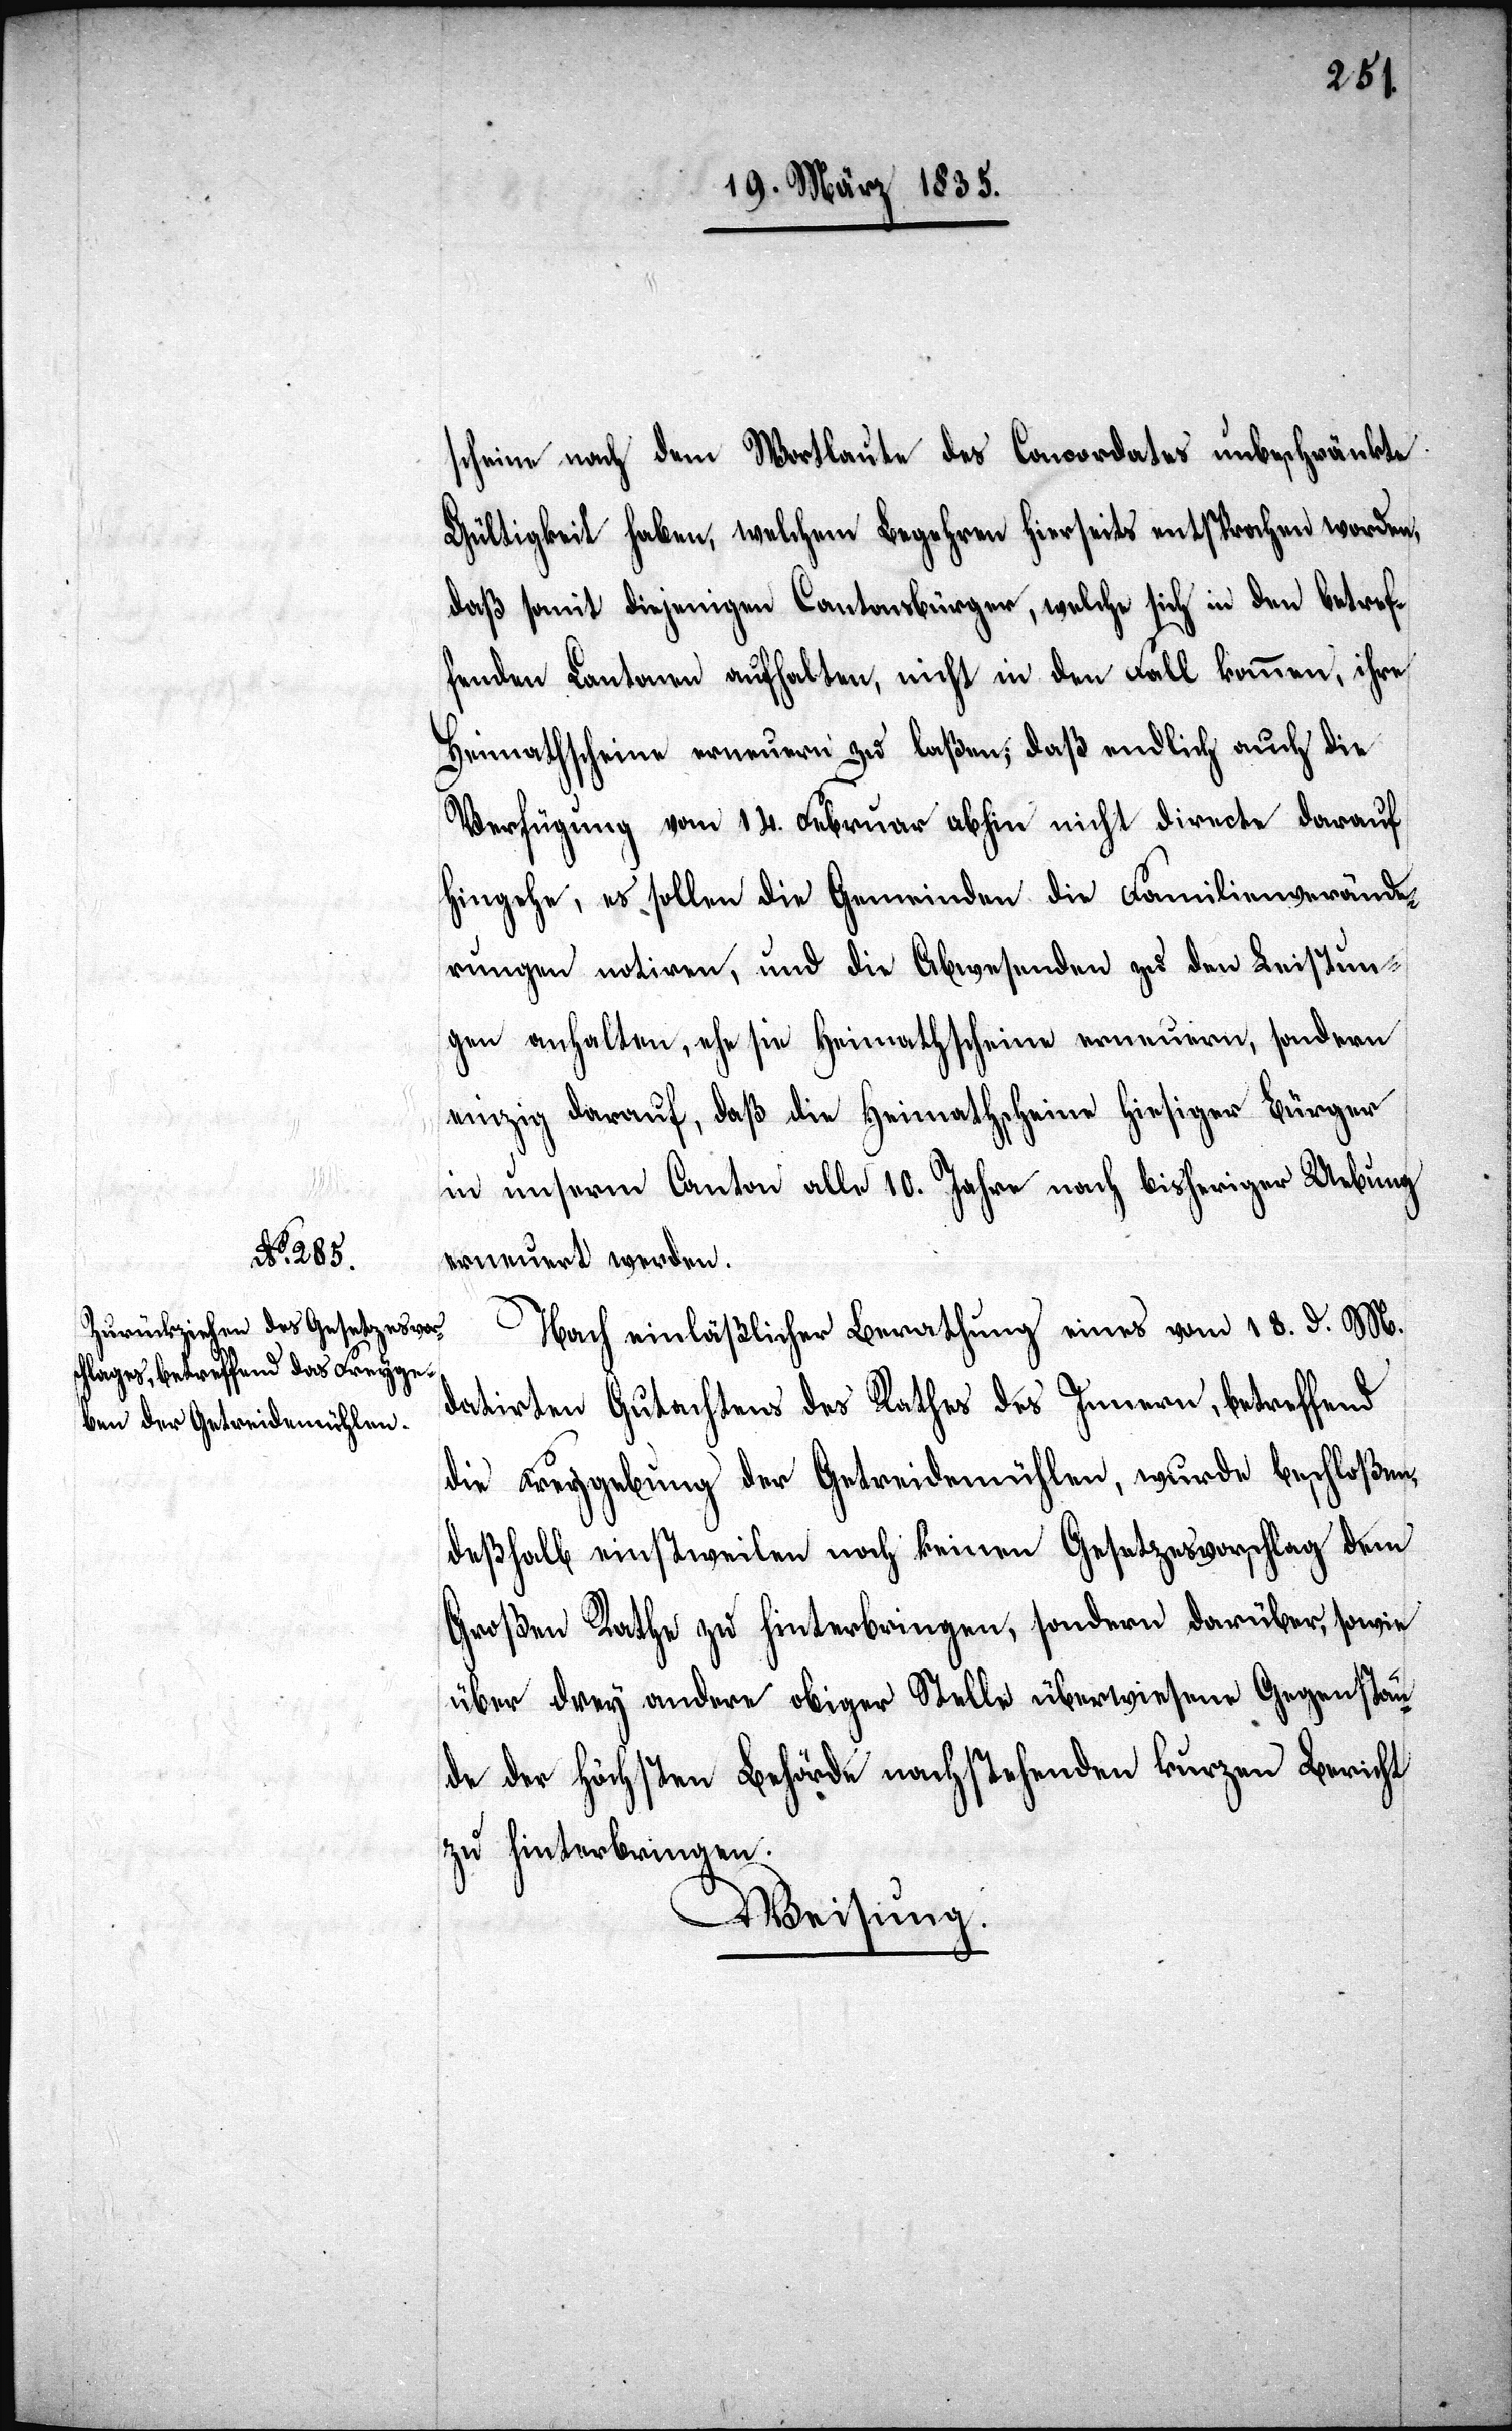
scheine nach dem Wortlaute des Concordates unbeschränkte
Gültigkeit haben, welchem Begehren hierseits entsprochen worden,
daß somit diejenigen Cantonsbürger, welche sich in den betref¬
fenden Cantonen aufhalten, nicht in den Fall kommen, ihre
Heimathscheine erneuern zu laßen; daß endlich auch die
Verfügung vom 14. September abhin nicht directe darauf
hingehe, es sollen die Gemeinden die Familienverände¬
rungen notiren, und die Abwesenden zu den Leistun¬
gen anhalten, ehe sie Heimathscheine erneuern, sondern
einzig darauf, daß die Heimathscheine hiesiger Bürger
in unserm Canton alle 10. Jahre nach bisheriger Uebung
erneuert werden.
Nach einläßlicher Berathung eines vom 18. d. M.
datirten Gutachtens des Rathes des Innern, betreffend
die Freygebung der Getreidemühlen, wurde beschloßen,
deßhalb einstweilen noch keinen Gesetzesvorschlag dem
Großen Rathe zu hinterbringen, sondern darüber sowie
über drey andere obiger Stelle überwiesene Gegenstän¬
de der Höchsten Behörde nachstehenden kurzen Bericht
zu hinterbringen.
Weisung.